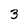
Character: 3